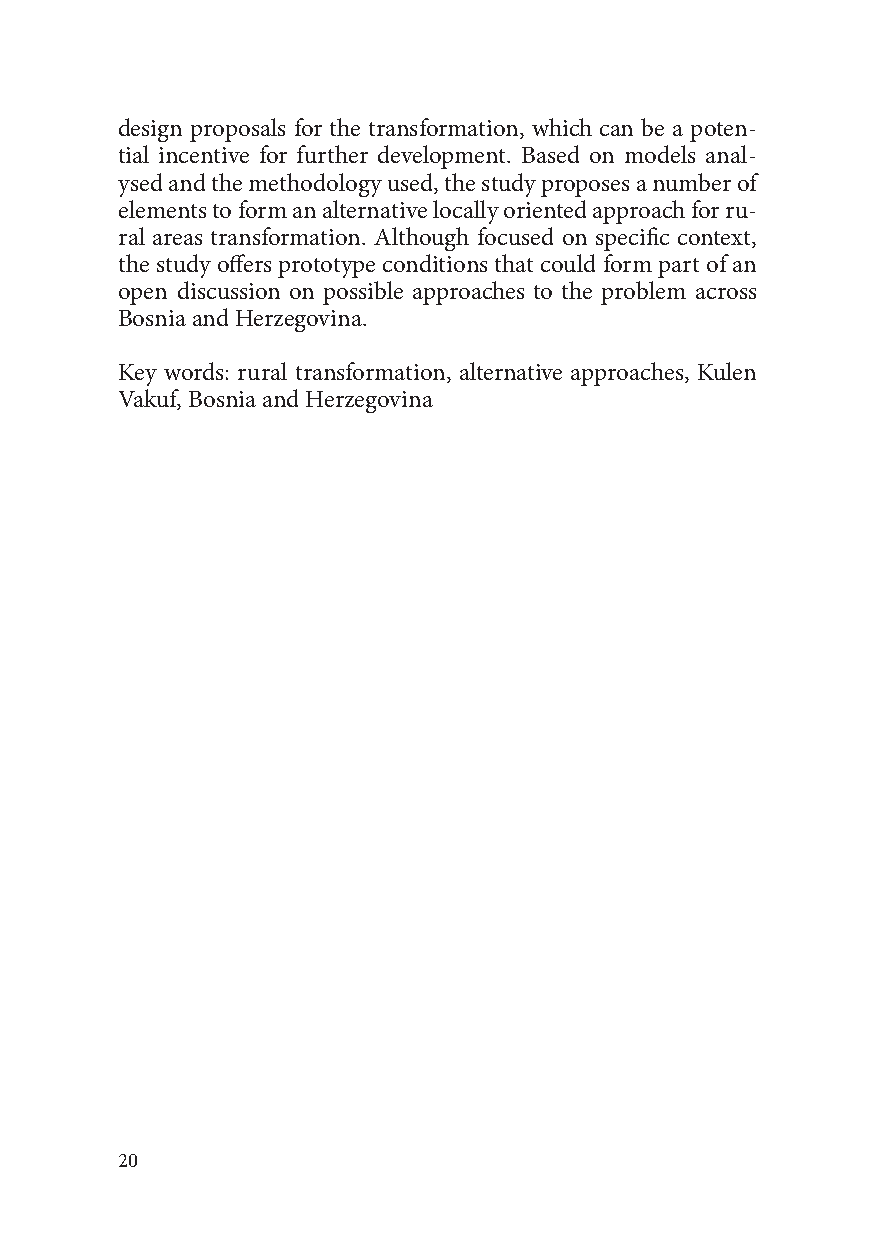
design proposals for the transformation, which can be a poten-
 tial incentive for further development. Based on models anal-
 ysed and the methodology used, the study proposes a number of
 elements to form an alternative locally oriented approach for ru-
 ral areas transformation. Although focused on specific context,
 the study offers prototype conditions that could form part of an
 open discussion on possible approaches to the problem across
 Bosnia and Herzegovina.
 Key words: rural transformation, alternative approaches, Kulen
 Vakuf, Bosnia and Herzegovina
 20